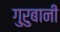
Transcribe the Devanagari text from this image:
गुरुबानी